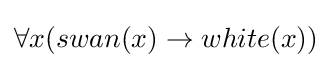
\forall x(swan(x)\rightarrow white(x))